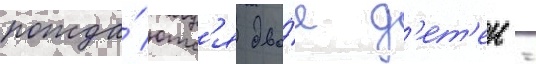
рожда́ютс'я дво́е д'ет'еи -